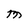
Character: M